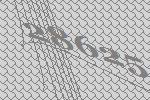
28625